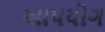
આપયોગ